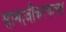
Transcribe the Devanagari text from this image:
सामाजीकरणाच्या